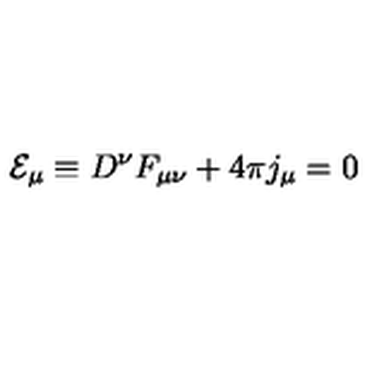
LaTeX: { \cal E } _ { \mu } \equiv D ^ { \nu } F _ { \mu \nu } + 4 \pi j _ { \mu } = 0